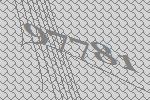
97781